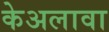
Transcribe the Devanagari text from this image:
केअलावा